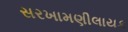
સરખામણીલાયક